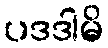
ပဒဒါမိ